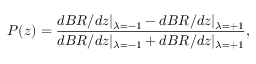
P ( z ) = \frac { d B R / d z \vert _ { \lambda = - 1 } - d B R / d z \vert _ { \lambda = + 1 } } { d B R / d z \vert _ { \lambda = - 1 } + d B R / d z \vert _ { \lambda = + 1 } } ,